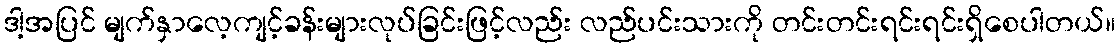
ဒါ့အပြင် မျက်နှာလေ့ကျင့်ခန်းများလုပ်ခြင်းဖြင့်လည်း လည်ပင်းသားကို တင်းတင်းရင်းရင်းရှိစေပါတယ်။